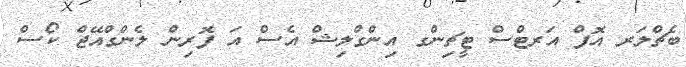
ބެޗްލަރ އޮފް އަރޓްސް ޓީޗިންގ އިންގްލިޝް އެސް އަ ފޮރިން ލެންގްއޭޖް ކޯސް